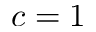
c = 1